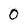
Character: 0